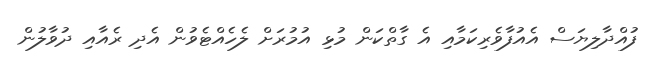
ފުއްދާލިޔަސް އެއުފާވެރިކަމާއި އެ ގާތްކަން މުޅި އުމުރަށް ލެހެއްޓެވުން އެދި ރެއާއި ދުވާލުން